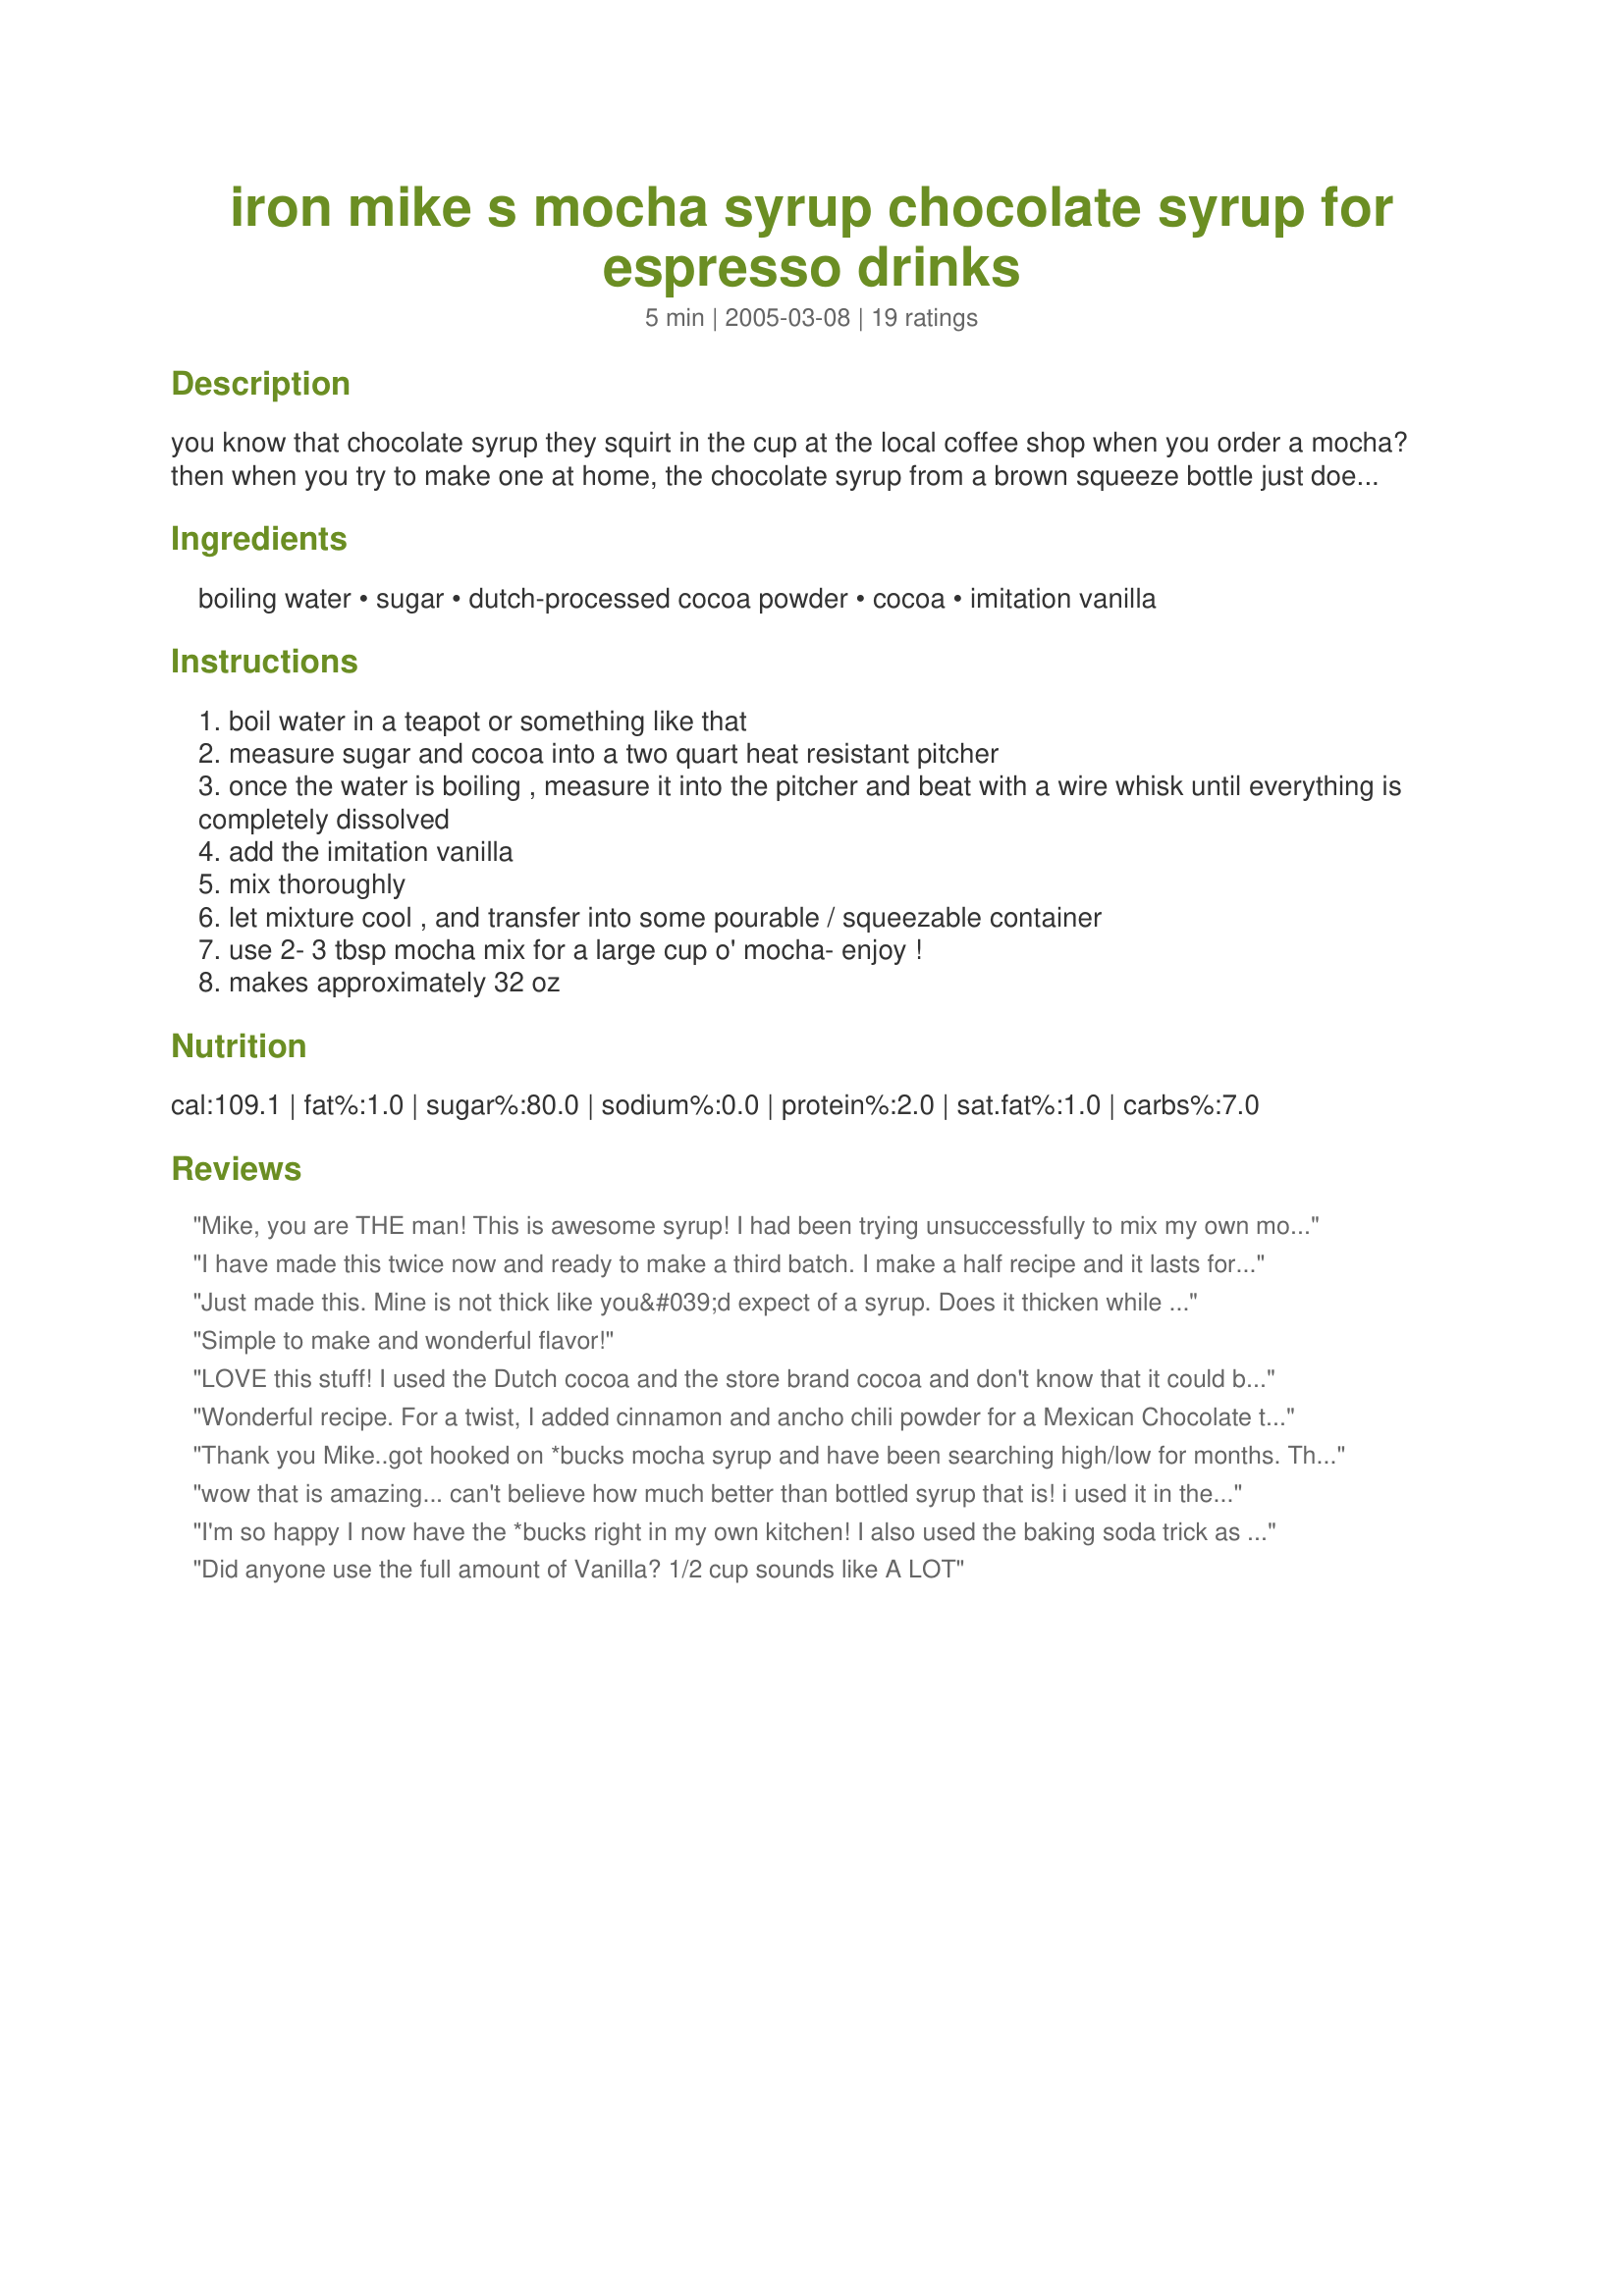
iron mike s mocha syrup chocolate syrup for espresso drinks
Preparation time: 5 minutes

you know that chocolate syrup they squirt in the cup at the local coffee shop when you order a mocha? then when you try to make one at home, the chocolate syrup from a brown squeeze bottle just doesn't cut it? well - this is your lucky day...you just found the closest thing to *bucks mocha syrup you can make - at a fraction of the cost of using their mocha powder. i know it sounds simple, but it took about 3 months to get it as spot on as possible. be it known that i used hershey's cocoa and dutch cocoa when making this...(i own no stock...) i usually add a cup of torani's vanilla syrup to this recipe - or a cup of liquid french vanilla coffee creamer - because i like vanilla mochas, and that does the trick for me.

Ingredients:
boiling water, sugar, dutch-processed cocoa powder, cocoa, imitation vanilla

Steps:
boil water in a teapot or something like that
measure sugar and cocoa into a two quart heat resistant pitcher
once the water is boiling , measure it into the pitcher and beat with a wire whisk until everything is completely dissolved
add the imitation vanilla
mix thoroughly
let mixture cool , and transfer into some pourable / squeezable container
use 2- 3 tbsp mocha mix for a large cup o' mocha- enjoy !
makes approximately 32 oz

Reviews:
Mike, you are THE man! This is awesome syrup! I had been trying unsuccessfully to mix my own mochas and this recipe has made it possible. Never again will I pay $4 for a coffee drink! Kudos to you for figuring the ratio out and many thanks!
I have made this twice now and ready to make a third batch.
I make a half recipe and it lasts for about 2 months for me. I added peppermint syrup to the last batch and it was delicious.
Just made this. Mine is not thick like you&#039;d expect of a syrup. Does it thicken while it cools? I followed the recipe almost exactly. I didn&#039;t have imitation vanilla so I used a splash of the good stuff. I don&#039;t think that should affect consistency. Tastes good though. Do you store it in the fridge?
Simple to make and wonderful flavor!
LOVE this stuff! I used the Dutch cocoa and the store brand cocoa and don't know that it could be any better! It truly makes a "big bucks" mocha when you add a splooge of whipped cream!
Wonderful recipe. For a twist, I added cinnamon and ancho chili powder for a Mexican Chocolate taste. Yum!
Thank you Mike..got hooked on *bucks mocha syrup and have been searching high/low for months. Then found out it was made with powder. Just made some syrup from your recipe with a few modifications (substitute 12 Yellow-Packets for the sugar) and it turned out YUMMY.
wow that is amazing... can't believe how much better than bottled syrup that is! i used it in the 'zaar frappuchino recipe and it was fantastic! thanks for sharing mike!
I'm so happy I now have the *bucks right in my own kitchen! I also used the baking soda trick as a sub. for the dutch processed coco. Thanks!
Did anyone use the full amount of Vanilla? 1/2 cup sounds like A LOT
I tried this a while back and forgot to come back and write a review. This is very good and I use it in Starbucks Mocha Frappuccino on a weekly basis. Thanks for posting this and saving me some money!
To appease my children I made them a "mocha" milk adding a small shot to their skim milk and they enjoyed it, while I enjoyed mine!
Great recipe! I cannot compare, as we don't have that famous coffee shop right here in our small village, but this syrup is it anyway :) My guinea pigs were extremely happy with it, so it will become standard.
Thanks for posting!
Finished product was extremely watery...not thick enough to be called syrup.
YUM! I am not using stars, as I made significant changes (Splenda), but I do think this is a 5 star recipe. So chocolatey! And, I much prefer this recipe to another recipe I tried involving cooking the ingredients together for a few minutes; this one has a cleaner chocolate taste.

SO... I subbed equivalent Splenda, and used much less vanilla (wimpy me!) I actually found my concoction extremely chocolatey and not quite sweet enough, so I add more sweetner to my cup. Love this stuff! (I was prompted to seek this recipe because *bucks stopped carrying their sf chocolate/mocha syrup.)
Wonderful, made up a half batch last night and its very very good. I have been trying different recipes and this is definately a keeper! Thanks for posting it!! I brought it into the office this morning and am currently the most popular person there. I didn't have dutch processed cocoa on hand and added the baking soda as another reviewer suggested. Terrific!
Espresso?Ice? Mocha sauce ? Almond milk ? Best coffee ever!!! Thanks for the recipe! It's life changing to my wallet.. hehe
Since I'd never heard of Dutch-Processed cocoa powder, I read up a bit on it and found that by adding baking soda, I could substitute it. I don't know if I achieved the same final result but it is delicious. I added a 1/2 teaspoon of baking soda.
Have mercy! If I ever have to order my last meal it will be this syrup with a straw. Thanks for sharing.
